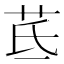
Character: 茋